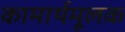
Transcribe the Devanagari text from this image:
कामार्थमूलक